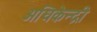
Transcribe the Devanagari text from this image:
अधिकेन्द्री